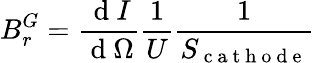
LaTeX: B_{r}^{G}=\frac{\mathrm{~d~}I}{\mathrm{~d~}\Omega}\frac{1}{U}\frac{1}{S_{\mathrm{~c~a~t~h~o~d~e~}}}